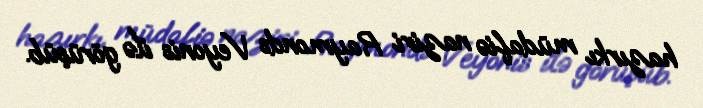
hazırkı müdafiə naziri Raymonds Veyonis ilə görüşüb.